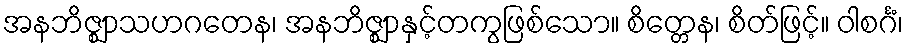
အနဘိဇ္ဈာသဟဂတေန၊ အနဘိဇ္ဈာနှင့်တကွဖြစ်သော။ စိတ္တေန၊ စိတ်ဖြင့်။ ဝါစင်္ဂံ၊